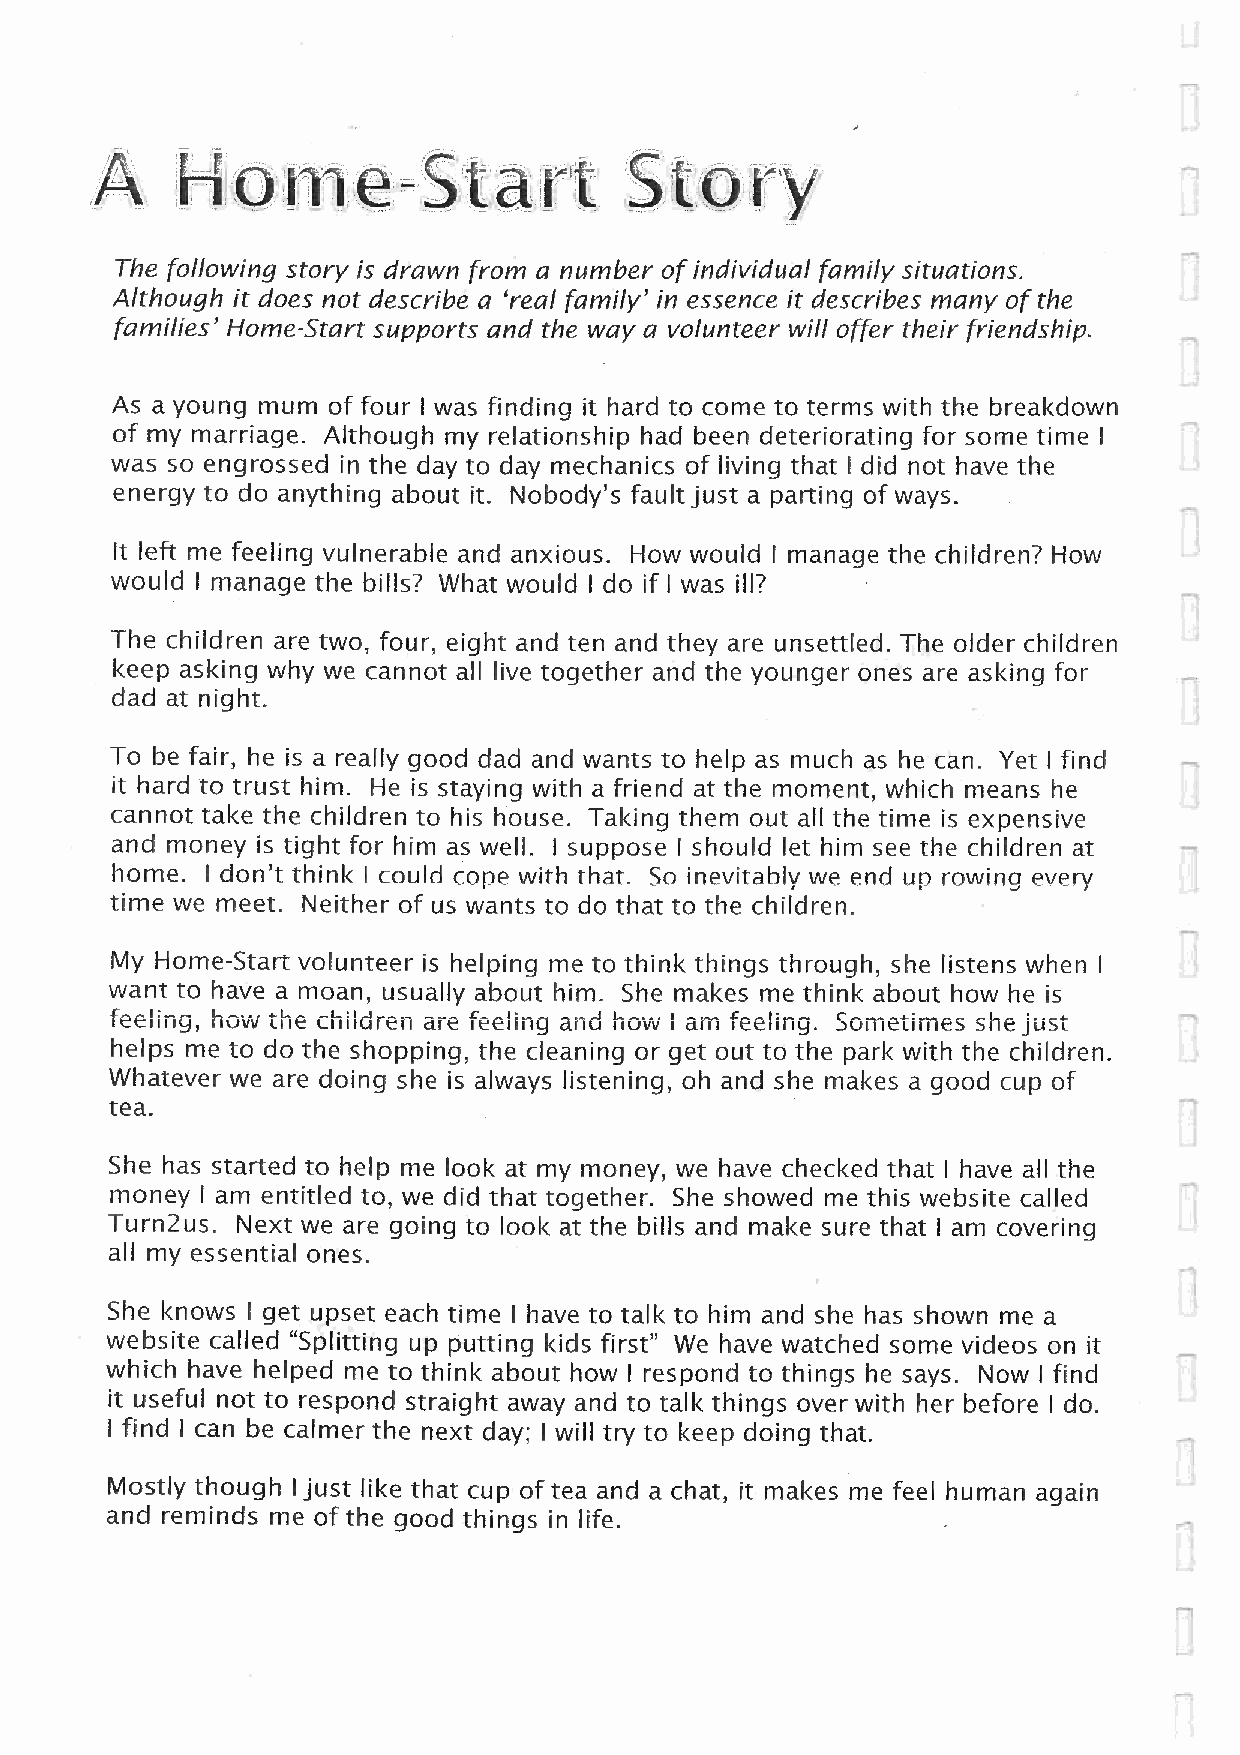
The following story is drawn from a number of individual family situations.
 Although it does not describe a 'real family' in essence it describes many of the
 families' Home-Start supports and the way a volunteer will offer their friendship.
 As a young mum of four I was finding it hard to come to terms with the breakdown
 of my marriage. Although my relationship had been deteriorating for some time I
 was so engrossed in the day to day mechanics of living that I did not have the
 energy to do anything about it. Nobody's fault just a parting of ways.
 It left me feeling vulnerable and anxious. How would I manage the children? How
 would I manage the bills? What would I do if I was ill?
 The children are two, four, eight and ten and they are unsettled. The older children
 keep asking why we cannot all live together and the younger ones are asking for
 dad at night.
 To be fair, he is a really good dad and wants to help as much as he can. Yet I find
 it hard to trust him. He is staying with a friend at the moment, which means he
 cannot take the children to his house. Taking them out all the time is expensive
 and money is tight for him as well. I suppose I should let him see the children at
 home. I don't think I could cope with that. So inevitably we end up rowing every
 time we meet. Neither of us wants to do that to the children.
 My  Home-Start volunteer is helping me to think things through, she listens when I
 want to have a moan, usually about him. She makes me think about how he is
 feeling, how the children are feeling and how I am feeling. Sometimes she just
 helps me to do the shopping, the cleaning or get out to the park with the children.
 Whatever we are doing she is always listening, oh and she makes a good cup of
 tea.
 She has started to help me look at my money, we have checked that I have all the
 money I am entitled to, we did that together. She showed me this website called
 Turn2us. Next we are going to look at the bills and make sure that I am covering
 all my essential ones.
 She knows I get upset each time I have to talk to him and she has shown me a
 website called "Splitting up putting kids first" We have watched some videos on it
 which have helped me to think about how I respond to things he says. Now I find
 it useful not to respond straight away and to talk things over with her before I do.
 I find I can be calmer the next day; I will try to keep doing that.
 Mostly though I just like that cup of tea and a chat, it makes me feel human again
 and reminds me of the good things in life.